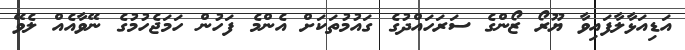
އަޑިއަޅާލާފައިވާ ޔޫރޯ ޒޯންގެ ސަރަހައްދުގެ ގައުމުތަކަށް އެންމެ ފަހުން ހަމަޖެހުމުގެ ނޭވާއެއް ލެވޭ